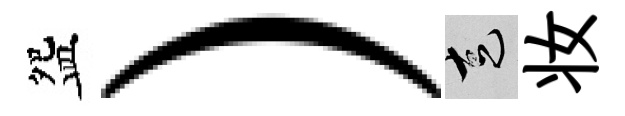
盌）走妆